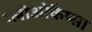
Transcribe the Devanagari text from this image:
ग्लीओकैप्सा